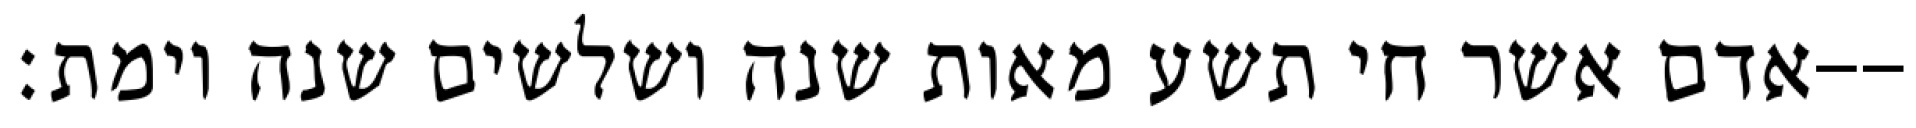
אדם אשר חי תשע מאות שנה ושלשים שנה וימת׃--